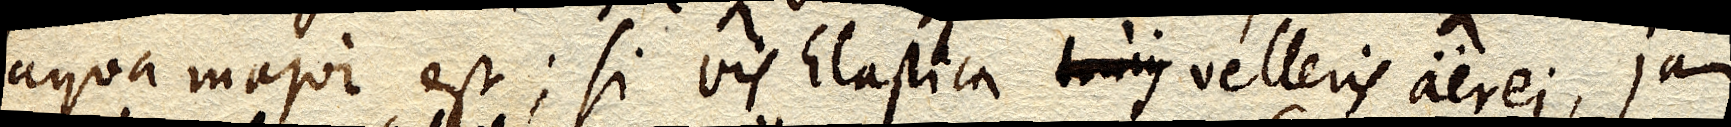
aqua major est; si vis Elastica hujus velleris aerei, jam